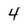
Character: 4